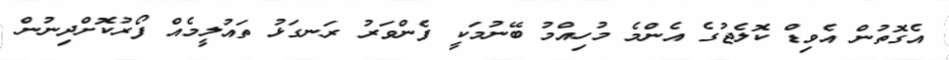
އެގޮތުން އެވިޑް ކޮލެޖުގެ އެންމެ މުހިއްމު ބޭނުމަކީ ފެންވަރު ރަނގަޅު ތައުލީމެއް ފޯރުކޮށްދިނުން